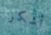
أشكر